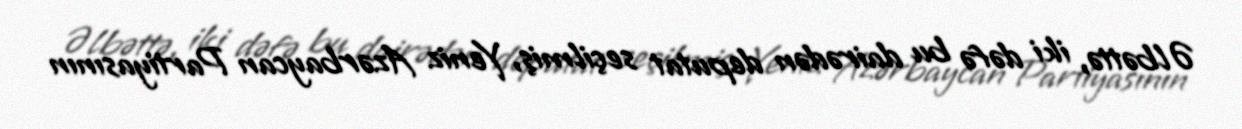
Əlbəttə, iki dəfə bu dairədən deputat seçilmiş, Yeniz Azərbaycan Partiyasının